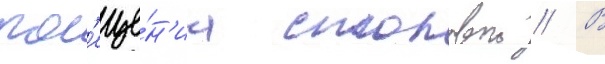
пос'еще́н'иа столовои // В